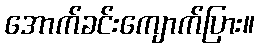
အောက်ခင်းကျောက်ပြား။